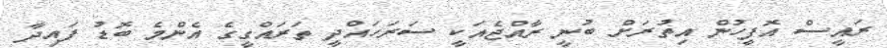
ރައީސް އޮފީހުން އިތުރަށް ބުނީ ރާއްޖެއަކީ ސަރަހައްދީ ތަރައްގީގެ އެންމެ ބޮޑު ފައިދާ